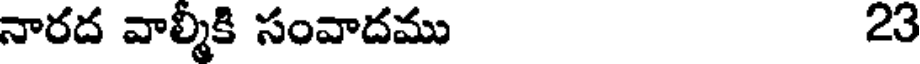
నారద వాల్మీకి సంవాదము 23